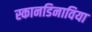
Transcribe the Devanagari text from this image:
स्कानडिनाविया